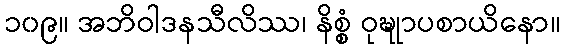
၁၀၉။ အဘိဝါဒနသီလိဿ၊ နိစ္စံ ဝုဍ္ဎုာပစာယိနော။